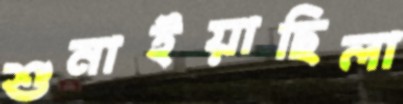
শুনাইয়াছিলা